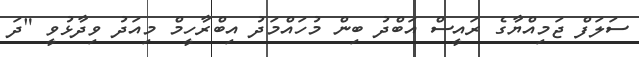
ސަލަފް ޖަމިއްޔާގެ ރައީސް އަބްދު ބިން މުހައްމަދު އިބްރާހީމް މިއަދު ވިދާޅުވީ "ދަ